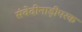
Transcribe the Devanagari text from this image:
संवेदीनाड़ीपरक